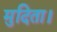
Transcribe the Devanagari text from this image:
मुदिता।